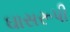
ઘાસરૂપી